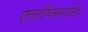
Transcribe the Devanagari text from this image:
एल्टीप्लानोस